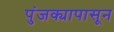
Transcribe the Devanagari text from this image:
पुंजक्यापासून